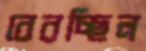
বেরচ্ছিল